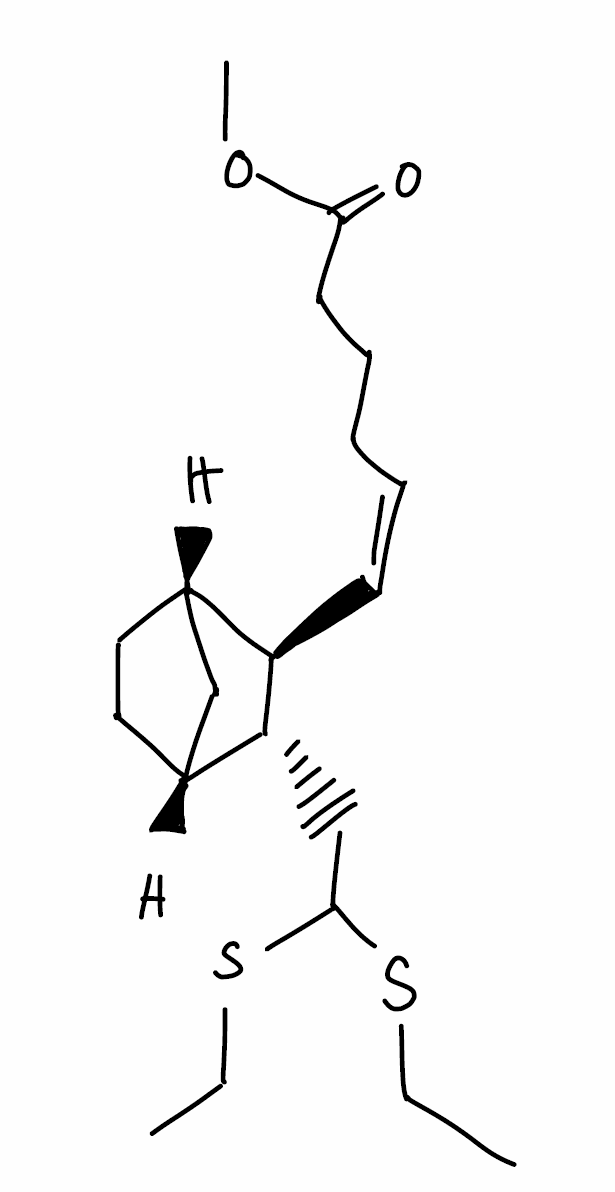
Simplified molecular-input line-entry system (SMILES) notation of the given molecule:
CCSC(C[C@@H]1[C@@H]2CC[C@@H](C2)[C@H]1/C=C\CCCC(=O)OC)SCC